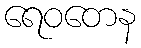
ရေဝတေန